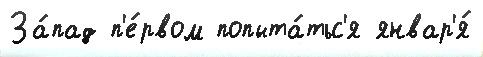
За́пад п'е́рвом попыта́тьс'я январ'я́